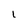
Character: l